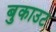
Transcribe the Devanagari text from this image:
बुकाउट